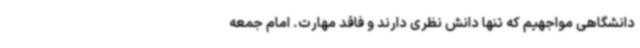
دانشگاهی مواجهیم که تنها دانش نظری دارند و فاقد مهارت. امام جمعه